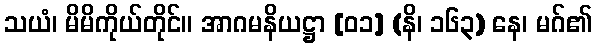
သယံ၊ မိမိကိုယ်တိုင်။ အာဂမနိယဋ္ဌာ [၀၁] (နိ၊ ၁၆၃) နေ၊ မဂ်၏